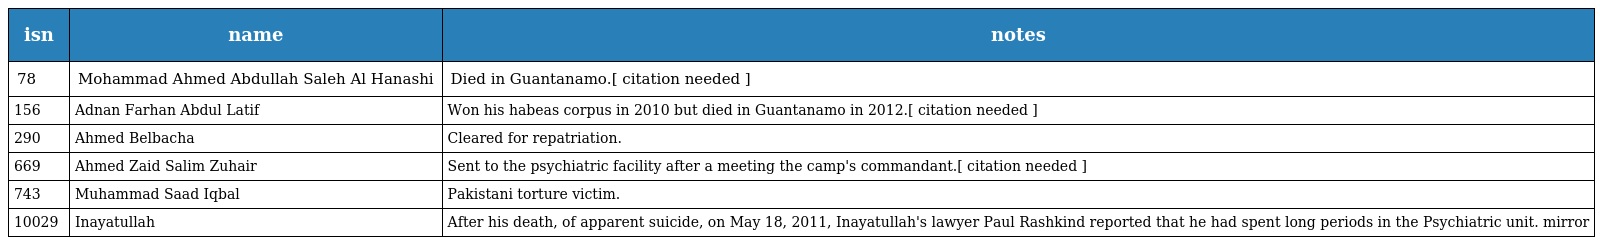
| isn | name | notes |
 | --- | --- | --- |
 | 78 | Mohammad Ahmed Abdullah Saleh Al Hanashi | Died in Guantanamo.[ citation needed ] |
 | 156 | Adnan Farhan Abdul Latif | Won his habeas corpus in 2010 but died in Guantanamo in 2012.[ citation needed ] |
 | 290 | Ahmed Belbacha | Cleared for repatriation. |
 | 669 | Ahmed Zaid Salim Zuhair | Sent to the psychiatric facility after a meeting the camp's commandant.[ citation needed ] |
 | 743 | Muhammad Saad Iqbal | Pakistani torture victim. |
 | 10029 | Inayatullah | After his death, of apparent suicide, on May 18, 2011, Inayatullah's lawyer Paul Rashkind reported that he had spent long periods in the Psychiatric unit. mirror |